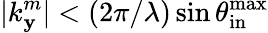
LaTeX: |k_{\mathbf{y}}^{m}|<(2\pi/\lambda)\sin{\theta_{\mathrm{{in}}}^{\mathrm{{max}}}}